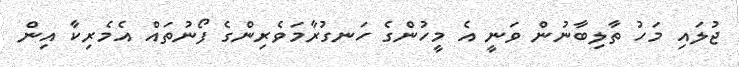
ޖުލައި މަހު ތާލިބާނުން ވަނީ އެ މީހުންގެ ހަނގުރާމަވެރިންގެ ފޯނުތައް އެމެރިކާ އިން